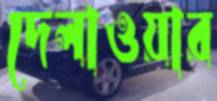
দেলাওয়ার